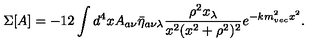
\Sigma [ A ] = - 1 2 \int d ^ { 4 } x A _ { a \nu } \bar { \eta } _ { a \nu \lambda } \frac { \rho ^ { 2 } x _ { \lambda } } { x ^ { 2 } ( x ^ { 2 } + \rho ^ { 2 } ) ^ { 2 } } e ^ { - k m _ { v e c } ^ { 2 } x ^ { 2 } } .